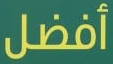
أفضل